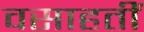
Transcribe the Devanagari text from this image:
वसाहतीं